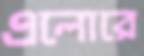
এলোরে